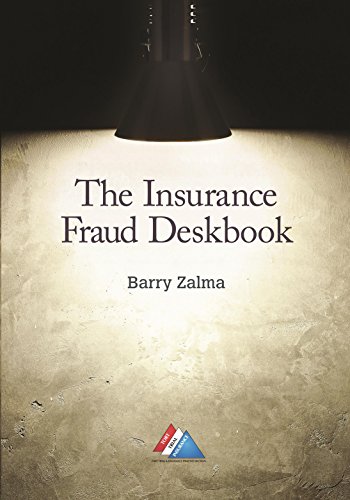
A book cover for The Insurance Fraud Deskbook; Barry Zalma; Law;